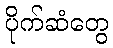
ပိုက်ဆံတွေ